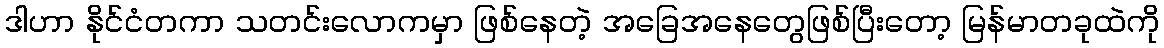
ဒါဟာ နိုင်ငံတကာ သတင်းလောကမှာ ဖြစ်နေတဲ့ အခြေအနေတွေဖြစ်ပြီးတော့ မြန်မာတခုထဲကို